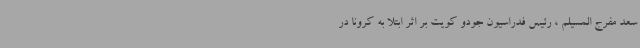
سعد مفرج المسیلم ، رئیس فدراسیون جودو کویت بر اثر ابتلا به کرونا در